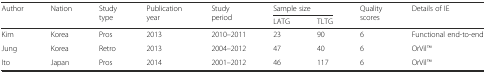
<table><thead><tr><td rowspan="2"><b>Author</b></td><td rowspan="2"><b>Nation</b></td><td rowspan="2"><b>Study type</b></td><td rowspan="2"><b>Publication year</b></td><td rowspan="2"><b>Study period</b></td><td colspan="2"><b>Sample size</b></td><td rowspan="2"><b>Quality scores</b></td><td rowspan="2"><b>Details of IE</b></td></tr><tr><td><b>LATG</b></td><td><b>TLTG</b></td></tr></thead><tbody><tr><td>Kim</td><td>Korea</td><td>Pros</td><td>2013</td><td>2010–2011</td><td>23</td><td>90</td><td>6</td><td>Functional end-to-end</td></tr><tr><td>Jung</td><td>Korea</td><td>Retro</td><td>2013</td><td>2004–2012</td><td>47</td><td>40</td><td>6</td><td>OrVilTM</td></tr><tr><td>Ito</td><td>Japan</td><td>Pros</td><td>2014</td><td>2001–2012</td><td>46</td><td>117</td><td>6</td><td>OrVilTM</td></tr></tbody></table>